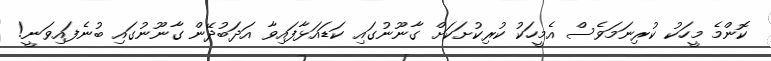
ކޮންމެ މީހަކު ކުރިނަމަވެސް އެމީހަކު ކުރިކުށަކަށް ގާނޫނުގައި ކަޑައަޅާފައިވާ އަދަބުދޭން ގާނޫނުގައި ބުނެފައިވަނީ!